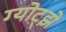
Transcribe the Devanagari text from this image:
ग्योट्झे